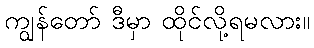
ကျွန်တော် ဒီမှာ ထိုင်လို့ရမလား။